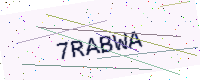
Text: 7RABWA